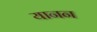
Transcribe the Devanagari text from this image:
यानन